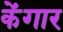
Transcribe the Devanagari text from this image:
केंगार